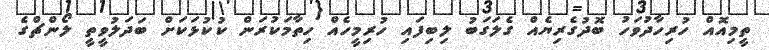
ތީމިއޮއް ހުރިހާދުވަހު ބޮދުގެރިޔެއް ގެލަގަބު ލިިބިފައި ހުރިމީހެއް ހިތާމަކުރަން ކުކުޅަކަށް ބަދަލުވީތީ ލޯންޗްގެ